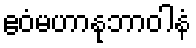
ဧဝံမဟာနုဘာဝါနံ